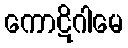
ကောဋိဂါမေ